Vital statistics of India. Vol. IV, Annual returns from 1871 to 1876. British Army of India, Native Army and jails of Bengal
Year: 1871
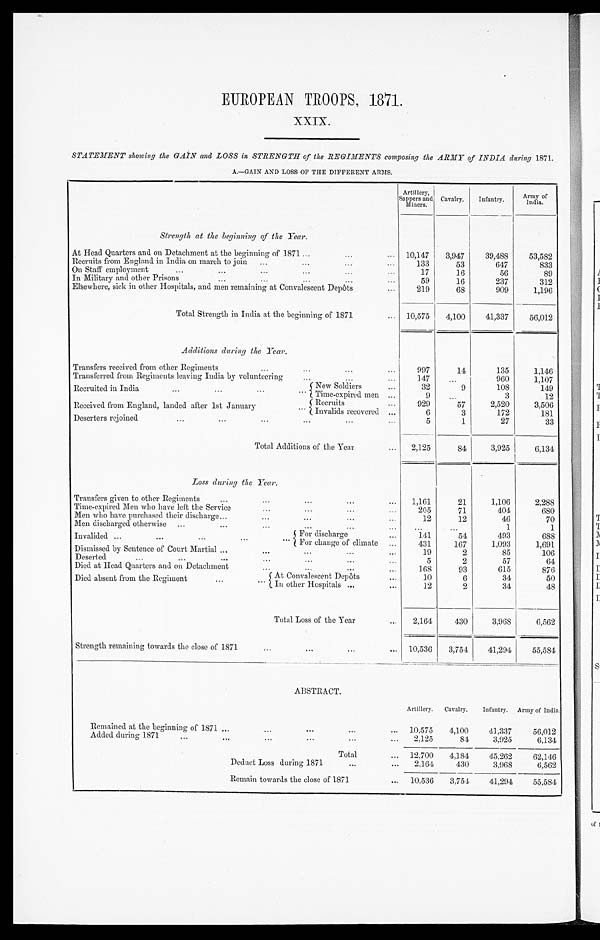
EUROPEAN TROOPS, 1871.
XXIX.
STATEMENT showing the GAIN and LOSS in STRENGTH of the REGIMENTS composing the ARMY of INDIA during 1871.
A.—GAIN AND LOSS OF THE DIFFERENT ARMS.
Artillery,
Sappers and
Miners.
Cavalry. Infantry.
Army of
India.
Strength at the beginning of the Year.
A t H e a d Q u a r t e r s a n d o n D e t a c h m e n t a t t h e b e g i n n i n g o f 1 8 7 1
10,147
3,947
39,488
53,582
Recruits from England in India on march to join ...
...
133
53
647
833
On Staff employment
...
...
...
17
16
56
89
In Military and other Prisons ...
59
16
237
312
Elsewhere, sick in other Hospitals, and men remaining at Convalescent Depôts
...
219
68
909
1,196
Total Strength in India at the beginning of 1871
10,575
4,100
41,337
56,012
Additions during the Year.
Transfers received from other Regiments
...
9 9 7
14
135
1,146
Transferred from Regiments leaving India by volunteering
...
147
. . .
960
1,107
Recruited in India
...
...
... New Soldiers
. . .
32
9
108
149
Time-expired men ...
9
. . .
3
12
Received from England, landed after 1st January
...
Recruits ...
929
57
2,520
3 , 5 0 6
Invalids recovered ...
6
3
172
181
Deserters rejoined
...
...
...
...
...
...
5
1
27
33
Total Additions of the Year
... 2,125
84
3,925
6,134
Loss during the Year.
Transfers given to other Regiments
...
1,161
21
1,106
2,288
Time-expired Men who have left the Service
...
...
...
205
71
404
680
Men who have purchased their discharge
...
...
...
12
12
46
70
Men discharged otherwise ...
...
..
. . .
. . .
1
1
Invalided ...
...
...
...
.. For discharge
...
1 4 1
54
493
688
For change of climate ...
431
167
1,093
1,691
Dismissed by Sentence of Court Martial ......
...
...
...
19
2
85
106
Deserted
...
...
...
...
5
2
57
64
Died at Head Quarters and on Detachment. ...
...
168
93
615
876
Died absent from the Regiment
...
At Convalescent Depôts
. . .
10
6
34
50
In other Hospitals ...
...
12
2
34
48
Total Loss of the Year
...
2,164
430
3,968
6,562
Strength remaining towards the close of 1871
...
...
10,536
3,754
41,294
55,584
ABSTRACT.
Artillery. Cavalry. Infantry. Army of India.
Remained at the beginning of 1871
...
10,575
4,100
41,337
56,012
Added during 1871
...
...
. . .
2,125
84
3,925
6,134
Total
... 12,700
4,184
45,262
62,146
Deduct Loss during 1871
...
2,164
430
3,968
6,562
Remain towards the close of 1871
... 10,536
3,754
41,294
55,584